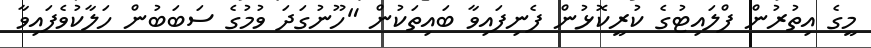
މީގެ އިތުރުން ފްލައިޓުގެ ކުރީކޮޅުން ފެނިފައިވާ ބައިތަކުން "ހޫނުގަދަ ވުމުގެ ސަބަބުން ހަލާކުވެފައިވާ